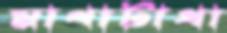
মাথাটাথা